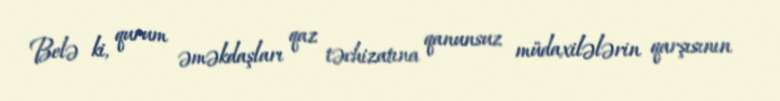
Belə ki, qurum əməkdaşları qaz təchizatına qanunsuz müdaxilələrin qarşısının